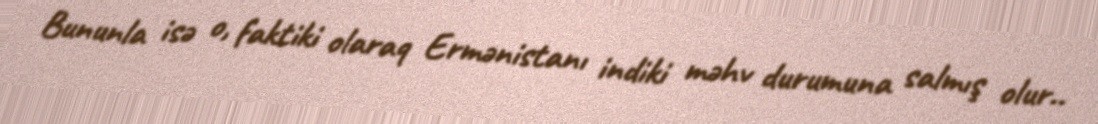
Bununla isə o, faktiki olaraq Ermənistanı indiki məhv durumuna salmış olur..